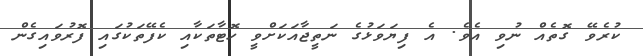
ކުރެވޭ ގޮތެއް ނުވި އެވެ. އެ ފިޔަވަޅުގެ ނަތީޖާއަކަށްވީ ހޮޓާތަކާއި ކެފޭތަކުގައި ފޮރުވައިގެން